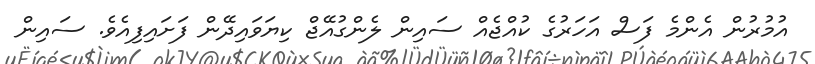
އުމުރުން އެންމެ ފަސް އަހަރުގެ ކުއްޖެއް ސައިން ލެންގުއޭޖް ކިޔަވައިދޭން ފަށައިފިއެވެ. ސައިން